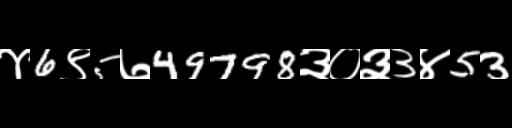
Text: ४6९5७49798३०३3४53